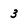
Character: 3